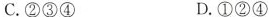
C.②③④ D.①②④